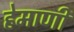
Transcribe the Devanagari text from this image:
हेमाणी